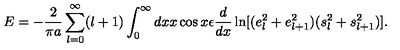
E = - { \frac { 2 } { \pi a } } \sum _ { l = 0 } ^ { \infty } ( l + 1 ) \int _ { 0 } ^ { \infty } d x x \cos x \epsilon { \frac { d } { d x } } \ln [ ( e _ { l } ^ { 2 } + e _ { l + 1 } ^ { 2 } ) ( s _ { l } ^ { 2 } + s _ { l + 1 } ^ { 2 } ) ] .